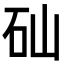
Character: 𥐢